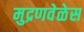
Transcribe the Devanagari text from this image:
मुद्रणवेळेस